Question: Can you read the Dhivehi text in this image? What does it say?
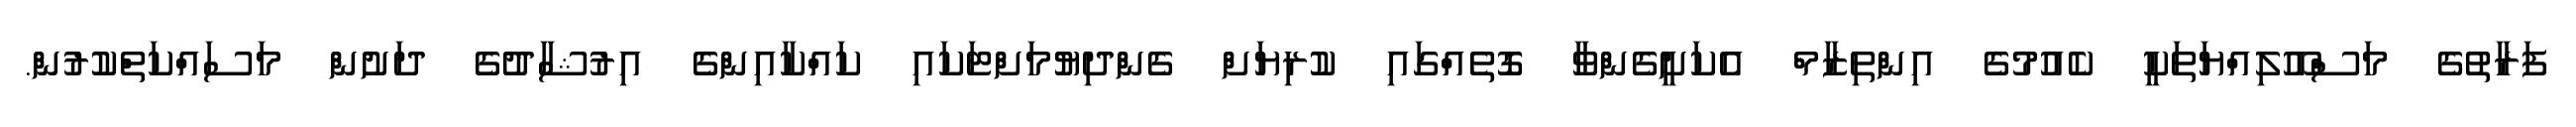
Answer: ފަރާތުގެ މަސްއޫލިއްޔަތަކީ ކެއުމުގެ އިންތިޒާމް އެކަށީގެންވާ ގޮތެއްގައި ކުރިޔަށް ގެންދިޔުމަށްޓަކައި ކައްކާއިންގެ އިރުޝާދުގެ ދަށުން މަސައްކަތްކުރުން.